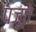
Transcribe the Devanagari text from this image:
पजूते